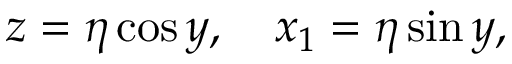
z = \eta \cos y , \quad x _ { 1 } = \eta \sin y ,